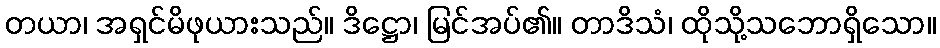
တယာ၊ အရှင်မိဖုယားသည်။ ဒိဋ္ဌော၊ မြင်အပ်၏။ တာဒိသံ၊ ထိုသို့သဘောရှိသော။